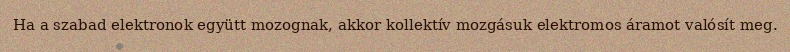
Ha a szabad elektronok együtt mozognak, akkor kollektív mozgásuk elektromos áramot valósít meg.